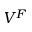
V ^ { F }